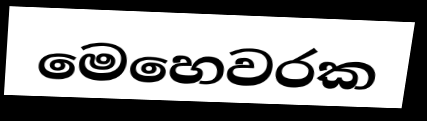
මෙහෙවරක